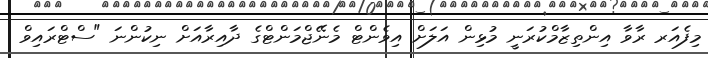
މިފެއަރ ރާވާ އިންތިޒާމްކުރަނީ މުޅިން އަލަށް އިވެންޓް މެނޭޖްމަންޓްގެ ދާއިރާއަށް ނިކުންނަ "ސްޓްރައިވް